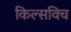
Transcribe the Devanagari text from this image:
किल्सविच